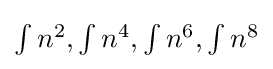
\textstyle \int n^{2},\int n^{4},\int n^{6},\int n^{8}